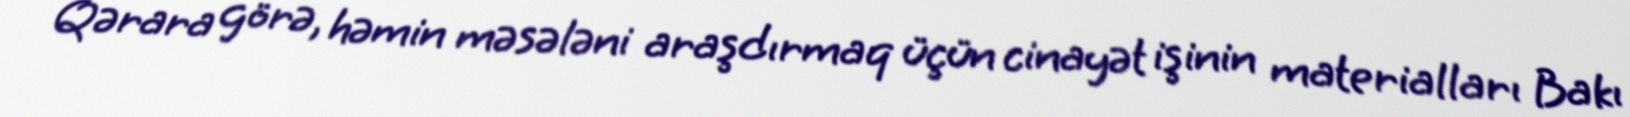
Qərara görə, həmin məsələni araşdırmaq üçün cinayət işinin materialları Bakı